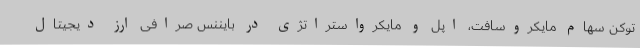
توکن سهام مایکروسافت، اپل و مایکرواستراتژی در بایننس صرافی ارز دیجیتال